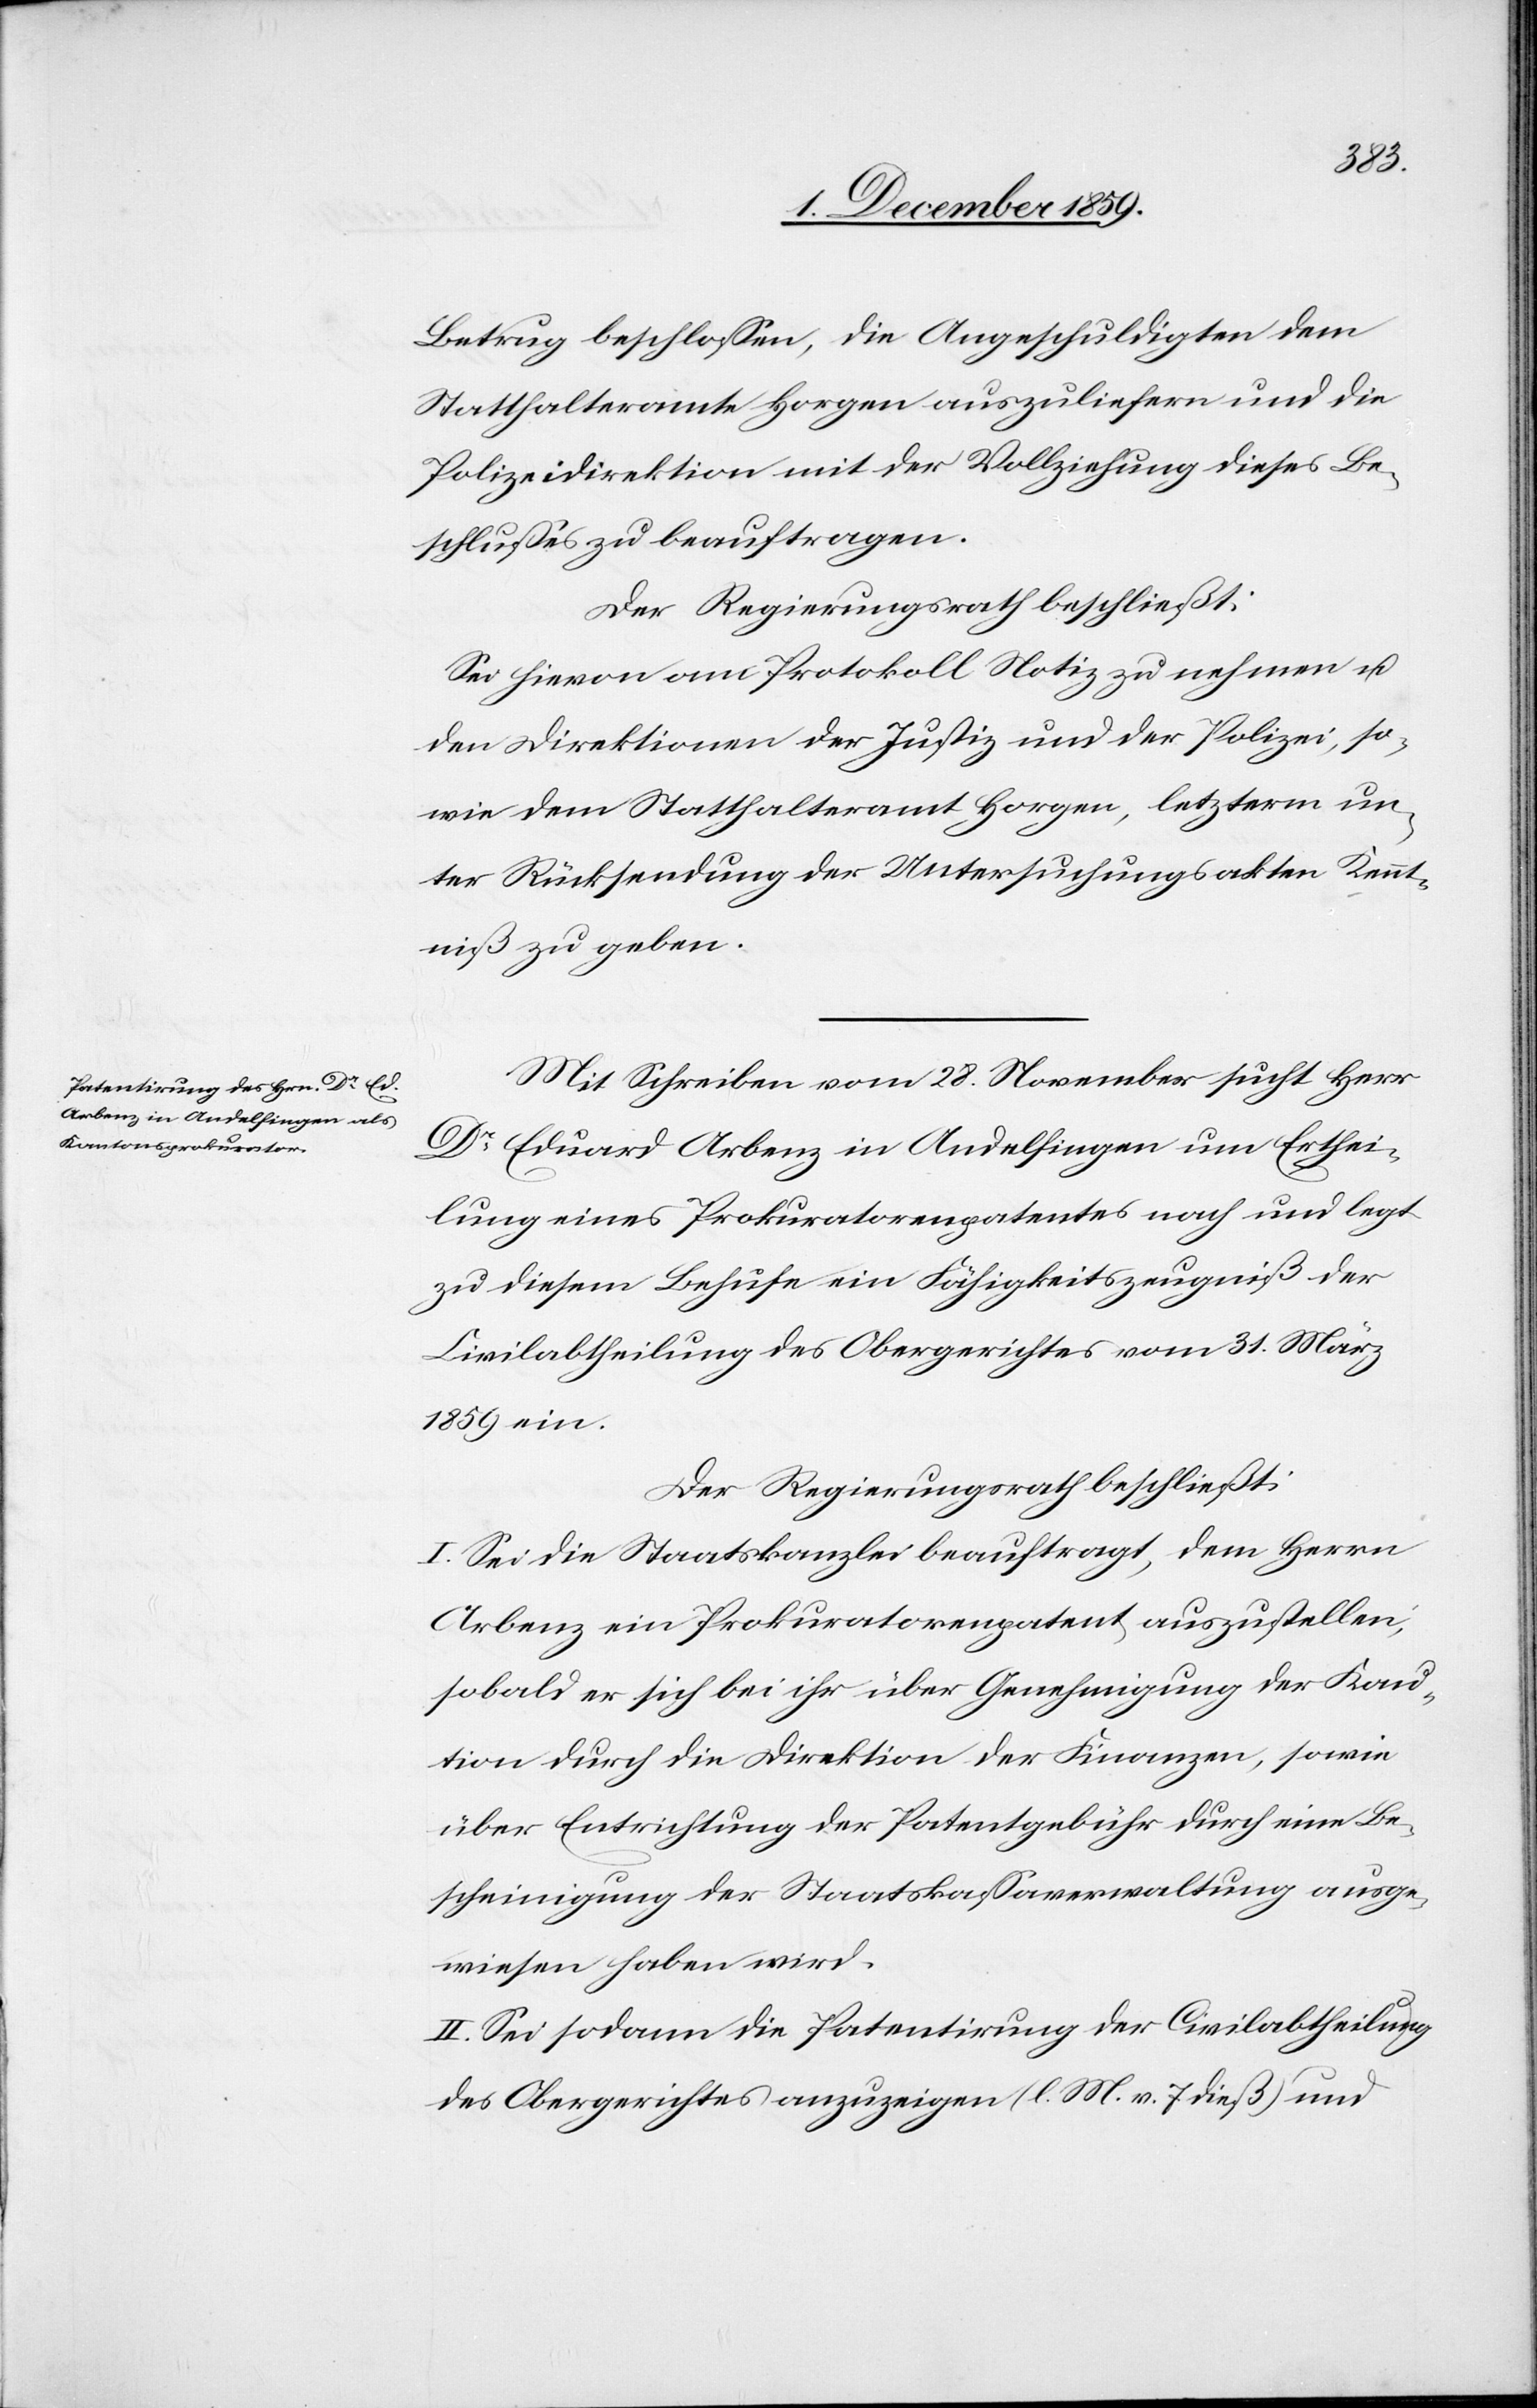
schlusses
Betrug beschlossen, die Angeschuldigten dem
Statthalteramte Horgen auszuliefern und die
Polizeidirektion mit der Vollziehung dieses Be¬
Der Regierungsrath beschließt:
Sei hievon am Protokoll Notiz zu nehmen u.
den Direktionen der Justiz und der Polizei, so¬
wie dem Statthalteramt Horgen, letzterm un¬
ter Rücksendung der Untersuchungsakten Kennt¬
niß zu geben.
Mit Schreiben vom 28. November sucht Herr
Dr Eduard Arbenz in Andelfingen um Erthei¬
lung eines Prokuratorenpatentes nach und legt
zu diesem Behufe ein Fähigkeitszeugniß der
Civilabtheilung des Obergerichtes vom 31. März
1859 ein.
Der Regierungsrath beschließt:
I. Sei die Staatskanzlei beauftragt, dem Herrn
Arbenz ein Prokuratorenpatent auszustellen,
sobald er sich bei ihr über Genehmigung der Kau¬
tion durch die Direktion der Finanzen, sowie
über Entrichtung der Patentgebühr durch eine Be¬
scheinigung der Staatskassaverwaltung ausge¬
wiesen haben wird.
II. Sei sodann die Patentirung der Civilabtheilung
des Obergerichtes anzuzeigen (l. M. v. 7 dieß) und